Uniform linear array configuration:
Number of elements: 32
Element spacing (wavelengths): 1
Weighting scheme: cosine
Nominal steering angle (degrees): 30
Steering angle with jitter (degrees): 29.289
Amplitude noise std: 0.05
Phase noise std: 0.05

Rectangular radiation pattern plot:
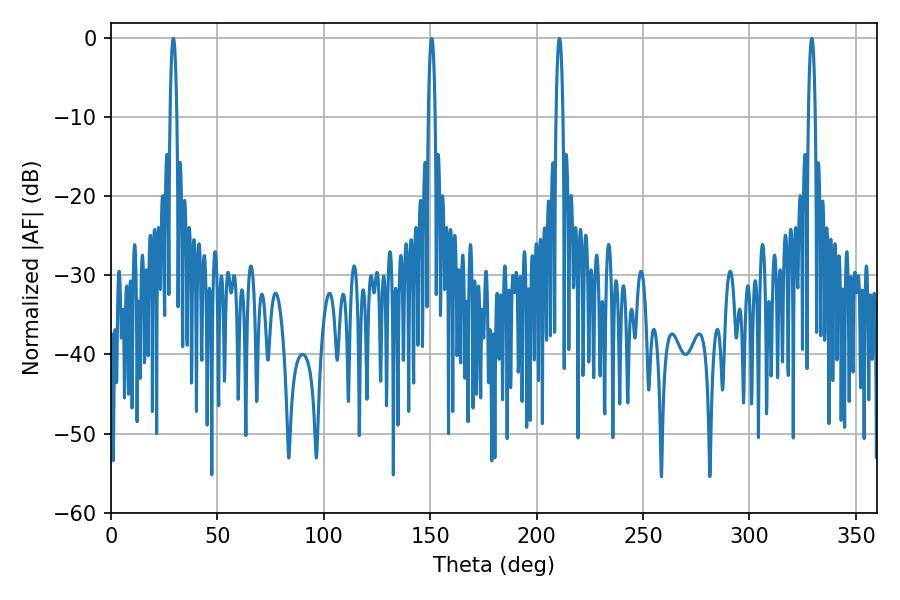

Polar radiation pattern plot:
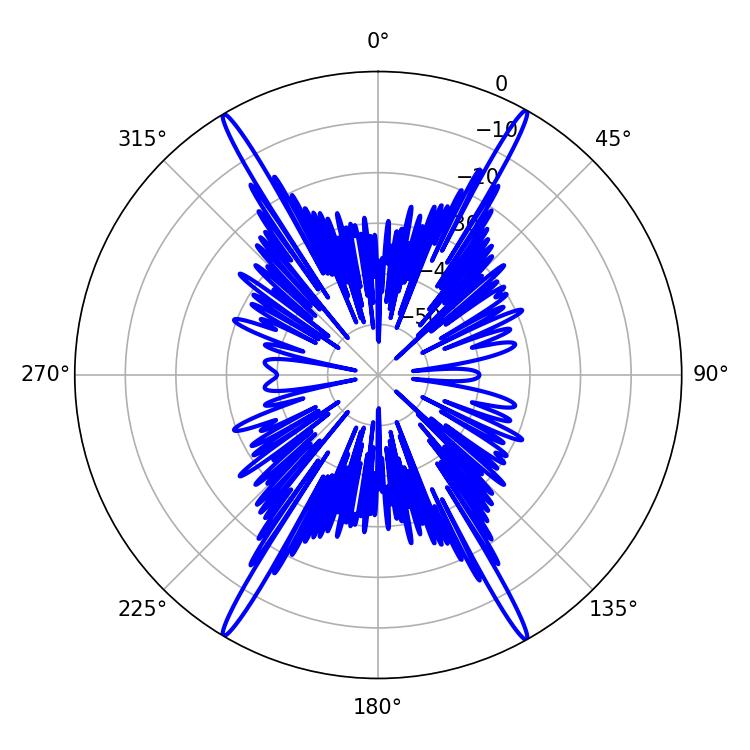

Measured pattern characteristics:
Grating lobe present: TRUE
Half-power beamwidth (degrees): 1.8
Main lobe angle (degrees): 150.66